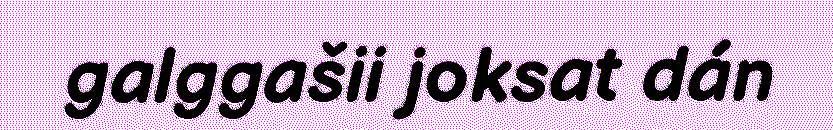
galggašii joksat dán